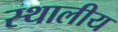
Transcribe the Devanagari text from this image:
स्थालीय